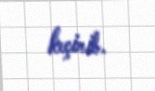
keçirib.